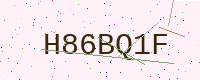
Text: H86BQ1F